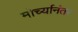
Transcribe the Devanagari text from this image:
मोर्च्यानंतर